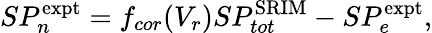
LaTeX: SP_{n}^{\mathrm{expt}}=f_{cor}(V_{r})SP_{tot}^{\mathrm{SRIM}}-SP_{e}^{\mathrm{expt}},